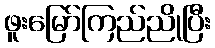
ဖူးမြော်ကြည်ညိုပြီး